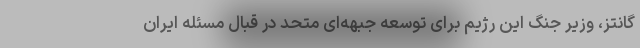
گانتز، وزیر جنگ این رژیم برای توسعه جبهه‌ای متحد در قبال مسئله ایران